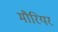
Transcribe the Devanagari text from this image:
मौरियर